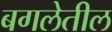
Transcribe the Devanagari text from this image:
बगलेतील